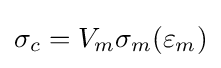
\sigma _{c}=V_{m}\sigma _{m}(\varepsilon _{m})